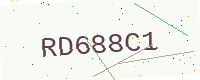
Text: RD688C1